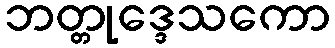
ဘတ္တုဒ္ဒေသကော